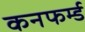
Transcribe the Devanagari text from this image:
कनफर्म्ड